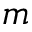
m